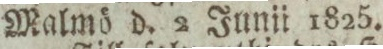
Malmö d. 2 Junii 1825.